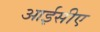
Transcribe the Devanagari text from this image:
आईसीए